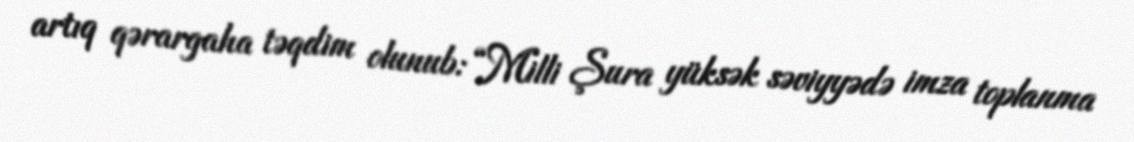
artıq qərargaha təqdim olunub: “Milli Şura yüksək səviyyədə imza toplanma